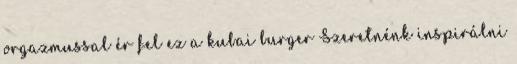
orgazmussal ér fel ez a kubai burger Szeretnénk inspirálni